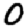
Digit: 0